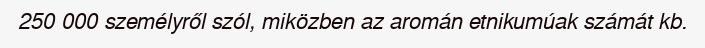
250 000 személyről szól, miközben az aromán etnikumúak számát kb.